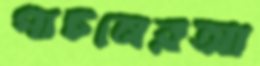
পাচনেরআ